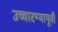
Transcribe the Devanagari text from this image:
उच्चारण्यापूर्वी